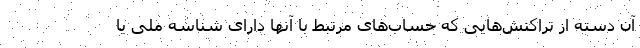
آن دسته از تراکنش‌هایی که حساب‌های مرتبط با آنها دارای شناسه ملی یا